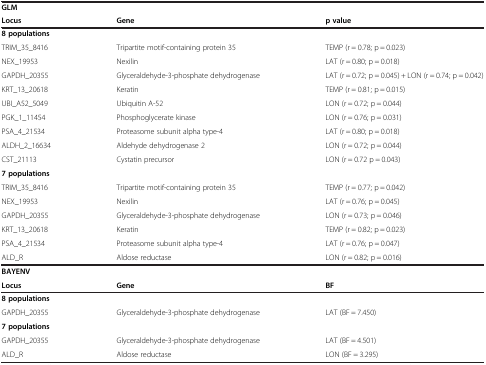
| GLM |  |  |
 | Locus | Gene | p value |
 | --- | --- | --- |
 | 8 populations |  |  |
 | TRIM_35_8416 | Tripartite motif-containing protein 35 | TEMP (r = 0.78; p = 0.023) |
 | NEX_19953 | Nexilin | LAT (r = 0.80; p = 0.018) |
 | GAPDH_20355 | Glyceraldehyde-3-phosphate dehydrogenase | LAT (r = 0.72; p = 0.045) + LON (r = 0.74; p = 0.042) |
 | KRT_13_20618 | Keratin | TEMP (r = 0.81; p = 0.015) |
 | UBI_A52_5049 | Ubiquitin A-52 | LON (r = 0.72; p = 0.044) |
 | PGK_1_11454 | Phosphoglycerate kinase | LON (r = 0.76; p = 0.031) |
 | PSA_4_21534 | Proteasome subunit alpha type-4 | LAT (r = 0.80; p = 0.018) |
 | ALDH_2_16634 | Aldehyde dehydrogenase 2 | LON (r = 0.72; p = 0.044) |
 | CST_21113 | Cystatin precursor | LON (r = 0.72 p = 0.043) |
 | 7 populations |  |  |
 | TRIM_35_8416 | Tripartite motif-containing protein 35 | TEMP (r = 0.77; p = 0.042) |
 | NEX_19953 | Nexilin | LAT (r = 0.76; p = 0.045) |
 | GAPDH_20355 | Glyceraldehyde-3-phosphate dehydrogenase | LON (r = 0.73; p = 0.046) |
 | KRT_13_20618 | Keratin | TEMP (r = 0.82; p = 0.023) |
 | PSA_4_21534 | Proteasome subunit alpha type-4 | LAT (r = 0.76; p = 0.047) |
 | ALD_R | Aldose reductase | LON (r = 0.82; p = 0.016) |
 | BAYENV |  |  |
 | Locus | Gene | BF |
 | 8 populations |  |  |
 | GAPDH_20355 | Glyceraldehyde-3-phosphate dehydrogenase | LAT (BF = 7.450) |
 | 7 populations |  |  |
 | GAPDH_20355 | Glyceraldehyde-3-phosphate dehydrogenase | LAT (BF = 4.501) |
 | ALD_R | Aldose reductase | LON (BF = 3.295) |